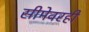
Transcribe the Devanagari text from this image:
सीमेवरही